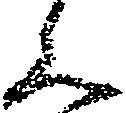
く